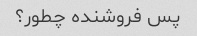
پس فروشنده چطور؟